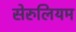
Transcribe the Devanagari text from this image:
सेरुलियम